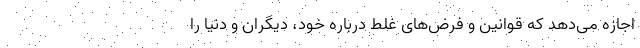
اجازه می‌دهد که قوانین و فرض‌های غلط درباره خود، دیگران و دنیا را